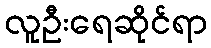
လူဦးရေဆိုင်ရာ